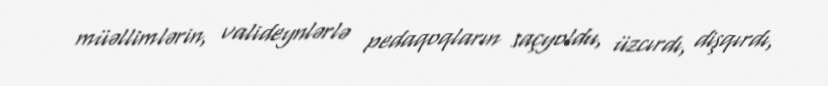
müəllimlərin, valideynlərlə pedaqoqların saçyoldu, üzcırdı, dişqırdı,